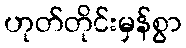
ဟုတ်တိုင်းမှန်စွာ